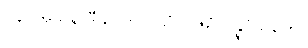
၂၄။ အသနိ ဒွီသု ကုလိသံ၊ ဝဇိရံ ပုန္နပုံသကေ။